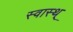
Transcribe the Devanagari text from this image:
स्वास्थ्